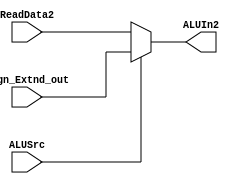


module ALU_mux(ReadData2, Sign_Extnd_out, ALUSrc, ALUIn2);

input [31:0] ReadData2,Sign_Extnd_out;
input ALUSrc;
output reg [31:0] ALUIn2;


always @(ReadData2,Sign_Extnd_out,ALUSrc)
begin

if(ALUSrc)
	ALUIn2 <= Sign_Extnd_out;
else
	ALUIn2 <=  ReadData2;

end

endmodule